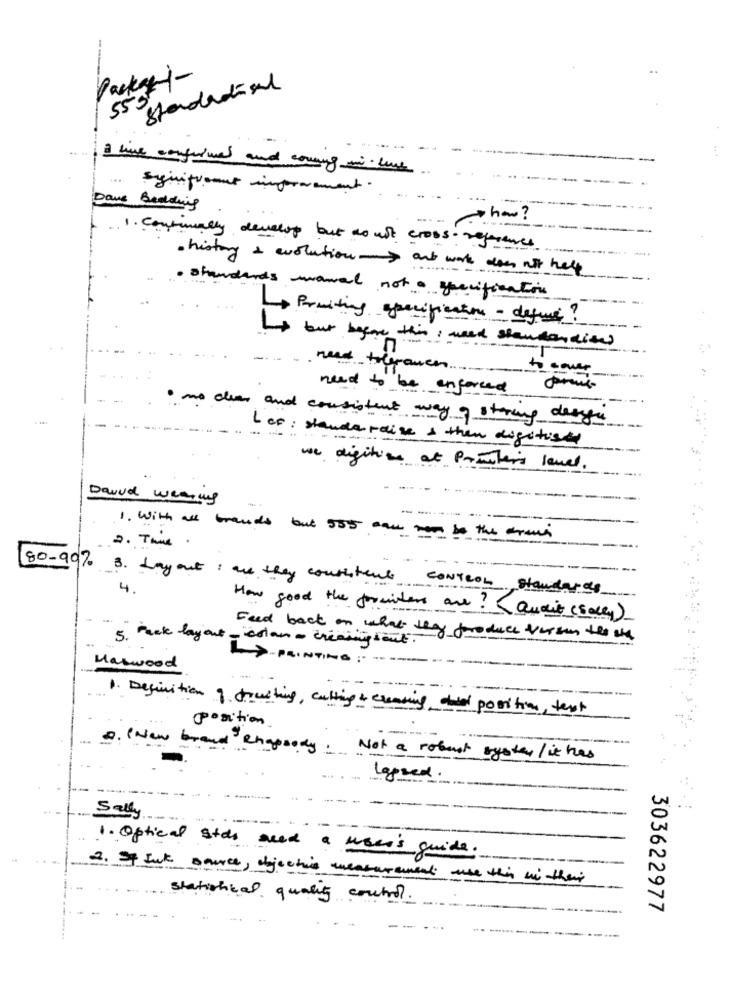
Packagei-
Standardisel
553
.. .
I live confirmed and coming mi live
significant improvement .
Dave Bedding
how ?
1 . Continually develop but do not cross reference
· history & evolution-> art work does not help
standards wawel not . specifications
4
Prmiting specification - define?
but before this , weed standandits
--
need tolerance. ..
to cover
need to be enforced
· no dia and consistent way of storing drags
Lep : stande raise & then digitus
we digitize at Promoters level.
David wearing
1. With all brands but 555 can now be the crown
2. This.
80-90% 3. Layout : are they consistent
4.
CONTROL standards
How good the formiters are ?Qualit (sally)
Feed back on what they produce versus the ale
5. Pack layout - colan - creating tout.
LA-PRINTING : -
-
Harwood
1. Definition 9 trusting, cutting & creating, die position, test
position
a. ( New brand ? ?
Rhapsody. Not a robust bystey / it has
Lapsed
Sally
---
1. Optical stds aced a user's guide.
2. If Jak source, objectivo measurement use this in their
statistical quality control.
303622977